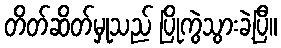
တိတ်ဆိတ်မှုသည် ပြိုကွဲသွားခဲ့ပြီ။